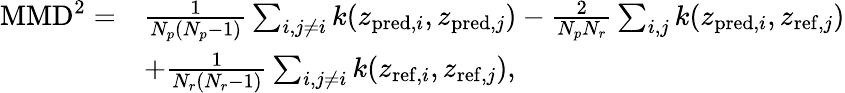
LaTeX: \begin{array}{rl}{\mathrm{MMD}^{2}=}&{\frac{1}{N_{p}(N_{p}-1)}\sum_{i,j\ne i}k(z_{\mathrm{pred},i},z_{\mathrm{pred},j})-\frac{2}{N_{p}N_{r}}\sum_{i,j}k(z_{\mathrm{pred},i},z_{\mathrm{ref},j})}\\ &{+\frac{1}{N_{r}(N_{r}-1)}\sum_{i,j\ne i}k(z_{\mathrm{ref},i},z_{\mathrm{ref},j}),}\end{array}